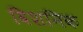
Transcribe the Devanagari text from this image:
विशनिक